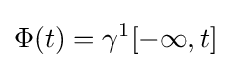
\Phi (t)=\gamma ^{1}[-\infty ,t]